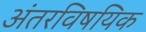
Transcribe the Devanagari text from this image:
अंतरविषयिक